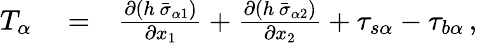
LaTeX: \begin{array}{rlr}{T_{\alpha}}&{{}=}&{\frac{\partial\left(h\, \bar{\sigma}_{\alpha 1}\right)}{\partial x_{1}}+\frac{\partial\left(h\, \bar{\sigma}_{\alpha 2}\right)}{\partial x_{2}}+\tau_{s\alpha}-\tau_{b\alpha}\, ,}\end{array}